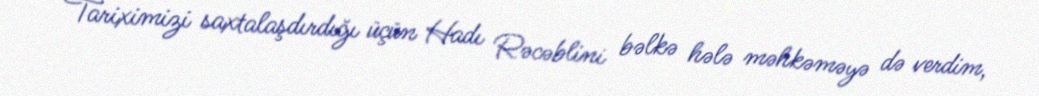
Tariximizi saxtalaşdırdığı üçün Hadı Rəcəblini bəlkə hələ məhkəməyə də verdim,